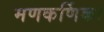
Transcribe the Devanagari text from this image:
मणकर्णिका